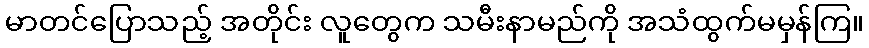
မာတင်ပြောသည့် အတိုင်း လူတွေက သမီးနာမည်ကို အသံထွက်မမှန်ကြ။